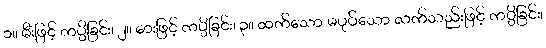
၁။ မီးဖြင့် ကပ္ပိခြင်း၊ ၂။ ဓားဖြင့် ကပ္ပိခြင်း၊ ၃။ ထက်သော မပုပ်သော လက်သည်းဖြင့် ကပ္ပိခြင်း၊